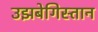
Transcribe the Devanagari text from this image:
उझबेगिस्तान